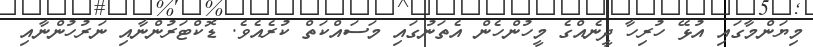
މިޔަންމާގައި އުޅޭ ހުރިހާ ދީނެއްގެ މީހުންހެން އެތަނުގައި މަސައްކަތް ކުރެއެވެ. ޑޮކްޓަރުންނާއި ނަރުހުންނާއި